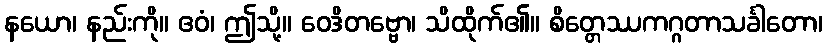
နယော၊ နည်းကို။ ဧဝံ၊ ဤသို့။ ဝေဒိတဗ္ဗော၊ သိထိုက်၏။ စိတ္တေဿကဂ္ဂတာသင်္ခါတော၊